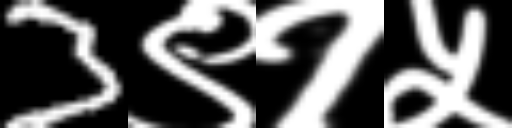
Text: 3९१५